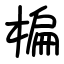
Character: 楄